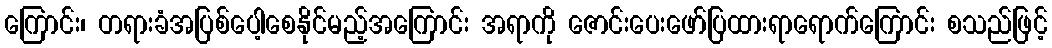
ကြောင်း၊ တရားခံအပြစ်ပေါ့စေနိုင်မည့်အကြောင်း အရာကို ဇောင်းပေးဖော်ပြထားရာရောက်ကြောင်း စသည်ဖြင့်